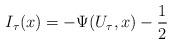
LaTeX: \begin{align*}I_{\tau}(x) = -\Psi(U_{\tau},x)-\frac{1}{2}\end{align*}